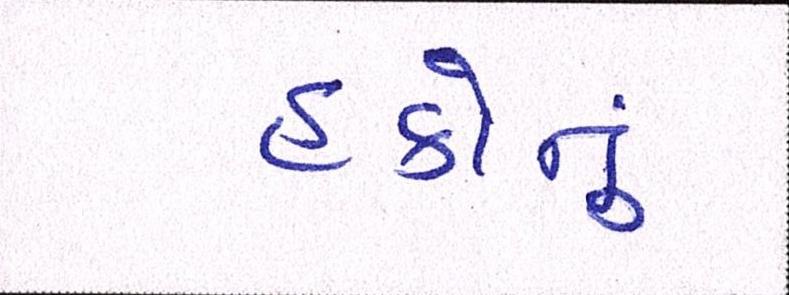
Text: હકોનું